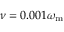
\nu = 0 . 0 0 1 \omega _ { \mathrm { m } }